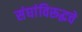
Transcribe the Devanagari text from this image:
संघांविरूद्धचे